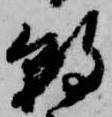
朝